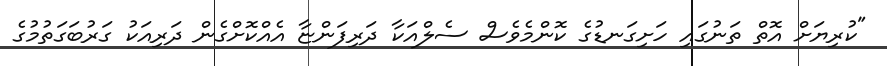
"ކުރިޔަށް އޮތް ތަނުގައި ހަށިގަނޑުގެ ކޮންމެވެސް ސެލްއަކާ ދަރިފަންޏާ އެއްކޮށްގެން ދަރިއަކު ގަރުބަގަތުމުގެ